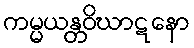
ကမ္မယန္တဝိဃာဋနော